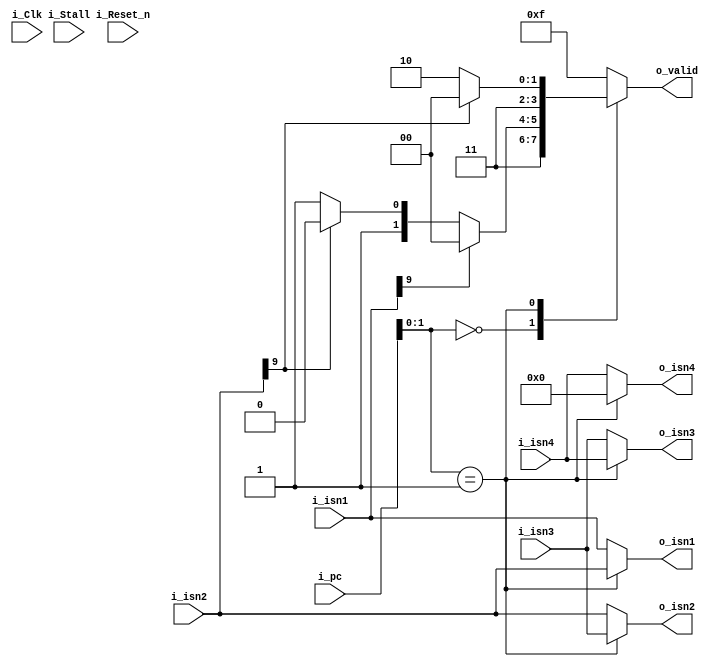
module aligner	#(
					parameter ADDRESS_WIDTH = 32,
					parameter DATA_WIDTH = 32,
					parameter INSN_WIDTH = 99
				)
				(	// Inputs
					input i_Clk,
					input i_Reset_n,
					input i_Stall,

					//from I_CACHE
					input [ADDRESS_WIDTH-1:0] i_pc,			//of first instruction (i_isn1)

					//from decoder
					input [INSN_WIDTH-1:0] i_isn1,
					input [INSN_WIDTH-1:0] i_isn2,
					input [INSN_WIDTH-1:0] i_isn3,
					input [INSN_WIDTH-1:0] i_isn4,

					// Outputs - to Queues
					output reg [3:0] o_valid,				//which instructions are  valid
					output reg [INSN_WIDTH-1:0] o_isn1,
					output reg [INSN_WIDTH-1:0] o_isn2,
					output reg [INSN_WIDTH-1:0] o_isn3,
					output reg [INSN_WIDTH-1:0] o_isn4
					//output reg [ISN_WIDTH*4-1:0] o_isn4to1
				);

//assign o_isn4to1 = {i_isn4, i_isn3, i_isn2, i_isn1};
//assign o_isn1 = i_isn1;
//assign o_isn2 = i_isn2;
//assign o_isn3 = i_isn3;
//assign o_isn4 = i_isn4;

always@(*)
begin
	case(i_pc[1:0])
		00:
		begin
			o_isn1 <= i_isn1;
			o_isn2 <= i_isn2;
			o_isn3 <= i_isn3;
			o_isn4 <= i_isn4;

			if(i_isn1[9])			//first instruction is branch
			begin
				o_valid <= 4'b1100;
			end

			else if(i_isn2[9])	//second instruction is branch
			begin
				o_valid <= 4'b1110;
			end

			else if(i_isn3[9])	//third instruction is branch
			begin
				o_valid <= 4'b1111;
			end

			else if(i_isn4[9])	//fourth instruction is branch - notify
			begin
				o_valid <= 4'b1111;
			end

			else						//no branches
			begin
				o_valid <= 4'b1111;
			end
		end

		01:
		begin
			o_isn1 <= i_isn2;
			o_isn2 <= i_isn3;
			o_isn3 <= i_isn4;
			o_isn4 <= 0;

			if(i_isn2[9])			//second instruction is branch
			begin
				o_valid <= 4'b1100;
			end

			else if(i_isn3[9])	//third instruction is branch
			begin
				o_valid <= 4'b1110;
			end

			else if(i_isn4[9])	//fourth instruction is branch
			begin
				o_valid <= 4'b1110;	//notify about 1st inst delay slot
			end

			else						//no branches
			begin
				o_valid <= 4'b1110;
			end
		end

		10:
		begin
			o_isn1 <= i_isn3;
			o_isn2 <= i_isn4;
			o_isn3 <= 0;
			o_isn4 <= 0;

			if(i_isn3[9])			//third instruction is branch
			begin
				o_valid <= 4'b1100;
			end

			else if(i_isn4[9])	//fourth instruction is branch
			begin
				o_valid <= 4'b1100;	//notify
			end

			else						//no branches
			begin
				o_valid <= 4'b1100;
			end
		end

		11:
		begin
			o_isn1 <= i_isn4;
			o_isn2 <= 0;
			o_isn3 <= 0;
			o_isn4 <= 0;

			//this instruction will always be valid
			o_valid <= 4'b1000;
		end

		default:
		begin
			o_isn1 <= i_isn1;
			o_isn2 <= i_isn2;
			o_isn3 <= i_isn3;
			o_isn4 <= i_isn4;
			o_valid <= 4'b1111;
		end
	endcase
end

endmodule